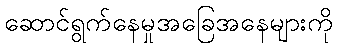
ဆောင်ရွက်နေမှုအခြေအနေများကို